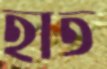
হাত